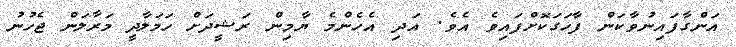
އަންގާފައިނުވާކަން ފާހަގަކޮށްފައިވެ އެވެ. އަދި އެހެންމެ ޔާމިން ރަޝީދަށް ހަމަލާދީ މަރާލަން ޖެހުނު